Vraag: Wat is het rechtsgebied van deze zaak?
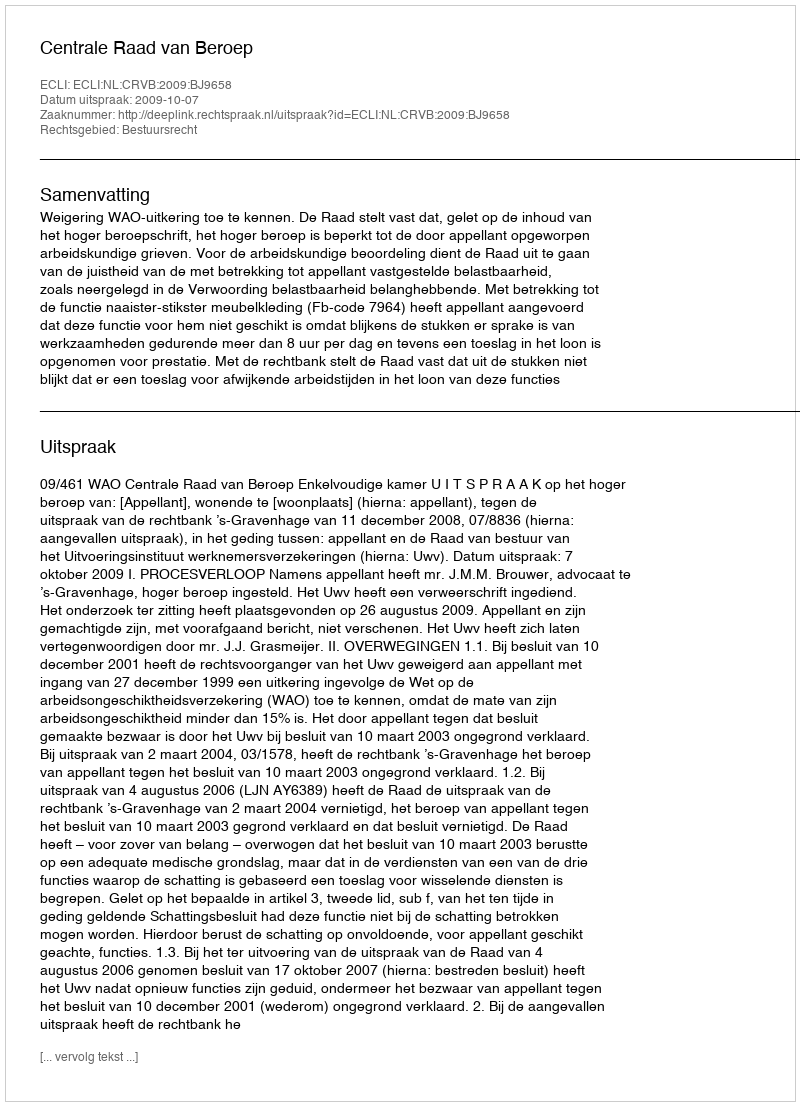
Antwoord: Bestuursrecht